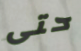
حتى